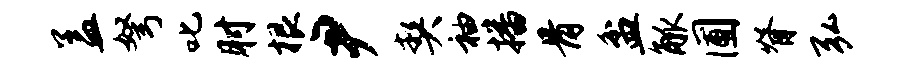
盖弩叱肘根尹契袖播骨盆觚圃脊弘